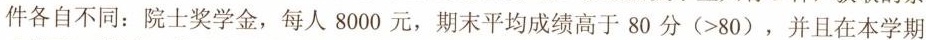
件各自不同：院士奖学金，每人8000元，期末平均成绩高于80分(>80)，并且在本学期